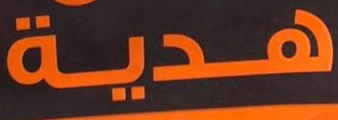
هدية